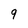
Character: 9